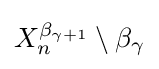
X_{n}^{\beta _{\gamma +1}}\setminus \beta _{\gamma }